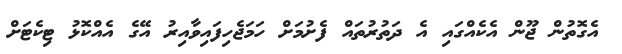
އެގޮތުން ޖޫން އެކެއްގައި އެ ދަތުރުތައް ފެށުމަށް ހަމަޖެހިފައިވާއިރު އޭގެ އެއްކޮޅު ޓިކެޓަށް